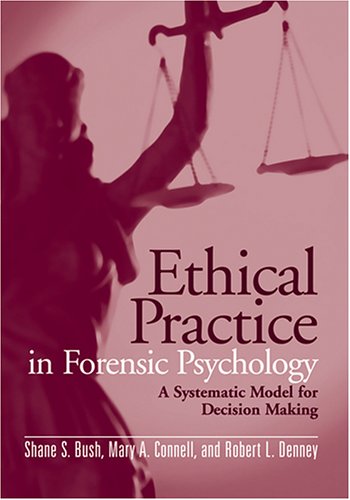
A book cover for Ethical Practice in Forensic Psychology: A Systematic Model for Decision Making; Shane S. Bush; Medical Books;